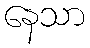
နေသာ